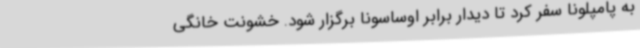
به پامپلونا سفر کرد تا دیدار برابر اوساسونا برگزار شود. خشونت خانگی